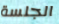
الجلسة